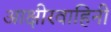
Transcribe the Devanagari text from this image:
आक्षीरवाहिनी